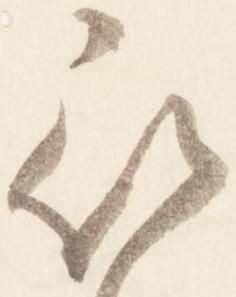
被